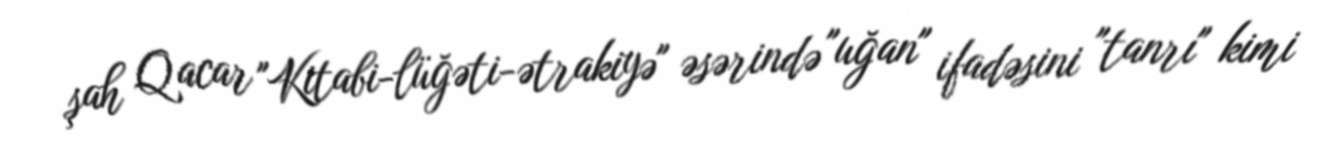
şah Qacar "Kitabi-lüğəti-ətrakiyə" əsərində "uğan" ifadəsini "tanrı" kimi